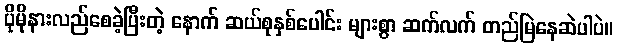
ပိုမိုနားလည်စေခဲ့ပြီးတဲ့ နောက် ဆယ်စုနှစ်ပေါင်း များစွာ ဆက်လက် တည်မြဲနေဆဲပါပဲ။